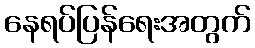
နေရပ်ပြန်ရေးအတွက်